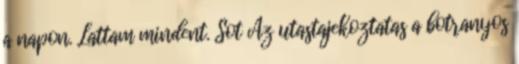
a napon. Lattam mindent. Sot Az utastajekoztatas a botranyos